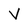
Character: V